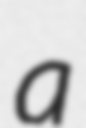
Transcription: a